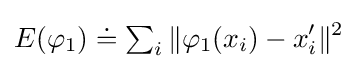
E(\varphi _{1})\doteq \textstyle \sum _{i}\displaystyle \|\varphi _{1}(x_{i})-x_{i}^{\prime }\|^{2}